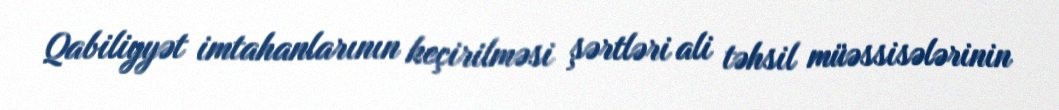
Qabiliyyət imtahanlarının keçirilməsi şərtləri ali təhsil müəssisələrinin